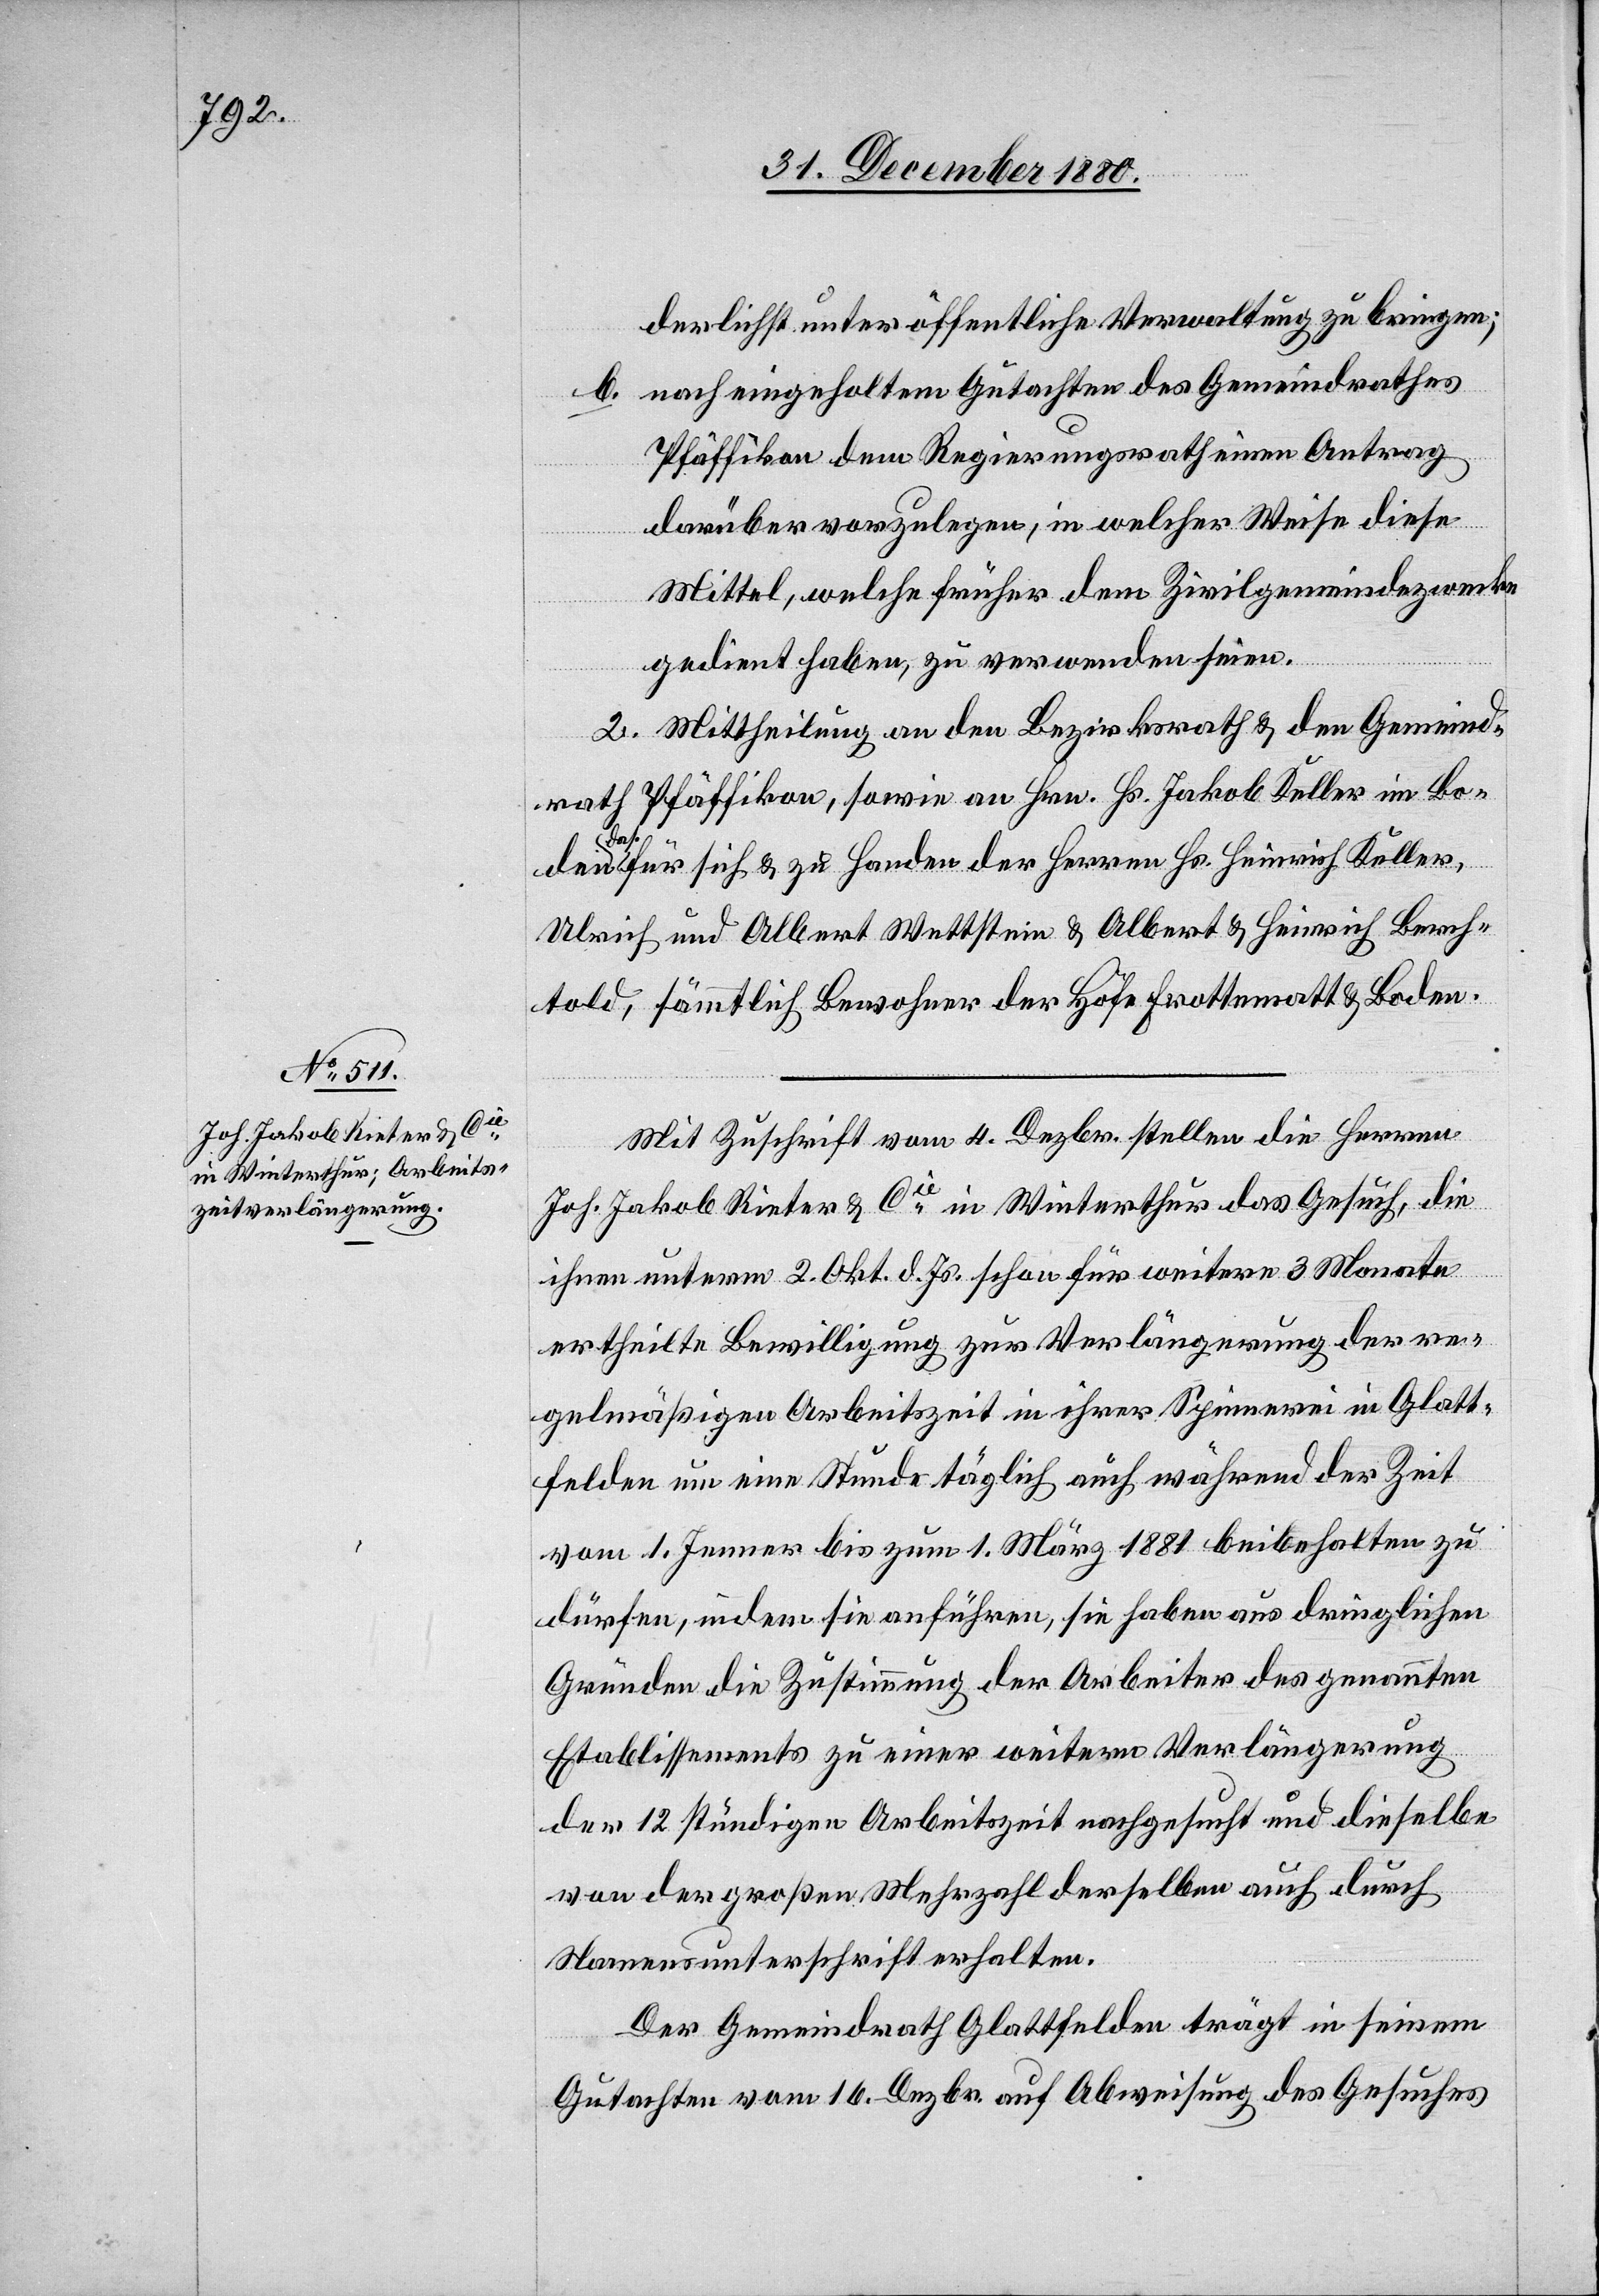
Mit Zuschrift vom 4. Dezbr. stellen die Herren
Joh. Jakob Rieter & Cie in Winterthur das Gesuch, die
ihnen unterm 2. Okt. d. Js. schon für weitere 3 Monate
ertheilte Bewilligung zur Verlängerung der re¬
gelmäßigen Arbeitszeit in ihrer Spinnerei in Glatt¬
felden um eine Stunde täglich auch während der Zeit
vom 1. Jenner bis zum 1. März 1881 beibehalten zu
dürfen, indem sie anführen, sie haben aus dringlichen
Gründen die Zustimmung der Arbeiter des genannten
Etablissements zu einer weitern Verlängerung
der 12stündigen Arbeitszeit nachgesucht und dieselbe
von der großen Mehrzahl derselben auch durch
Namensunterschrift erhalten.
Der Gemeindrath Glattfelden trägt in seinem
Gutachten vom 16. Dezbr. auf Abweisung des Gesuches